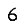
Digit: 6